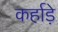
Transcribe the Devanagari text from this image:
कर्हाड़े